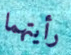
رأيتهما